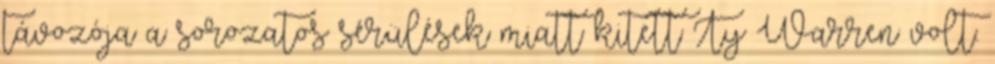
távozója a sorozatos sérülések miatt kitett Ty Warren volt.